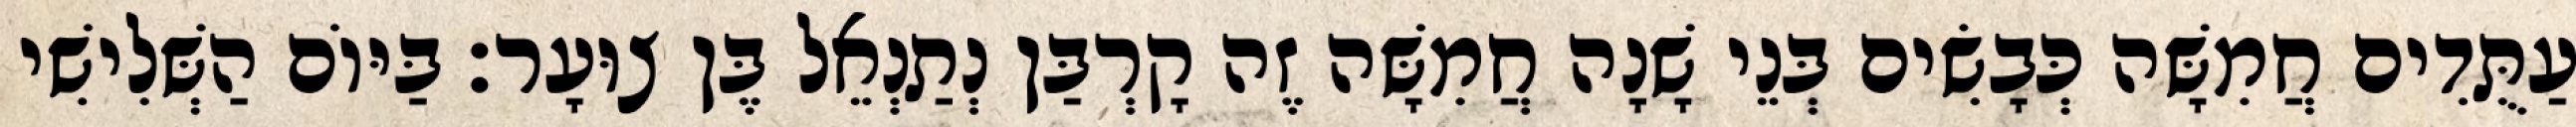
עַתֻּדִים חֲמִשָּׁה כְּבָשִׂים בְּנֵי שָׁנָה חֲמִשָּׁה זֶה קָרְבַּן נְתַנְאֵל בֶּן צוּעָר׃ בַּיּוֹם הַשְּׁלִישִׁי